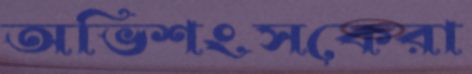
অভিশংসকেরা